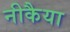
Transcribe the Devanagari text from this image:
नीकैया